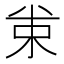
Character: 𠔗